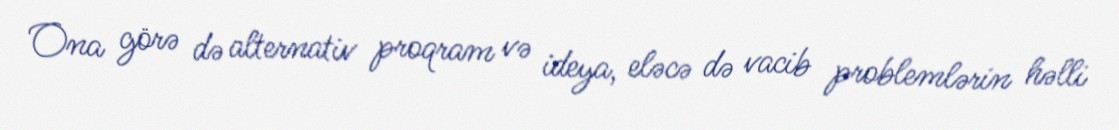
Ona görə də alternativ proqram və ideya, eləcə də vacib problemlərin həlli